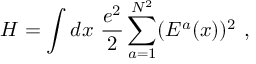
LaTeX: H = \int d x ~ \frac { e ^ { 2 } } { 2 } \sum _ { a = 1 } ^ { N ^ { 2 } } ( E ^ { a } ( x ) ) ^ { 2 } \ ,